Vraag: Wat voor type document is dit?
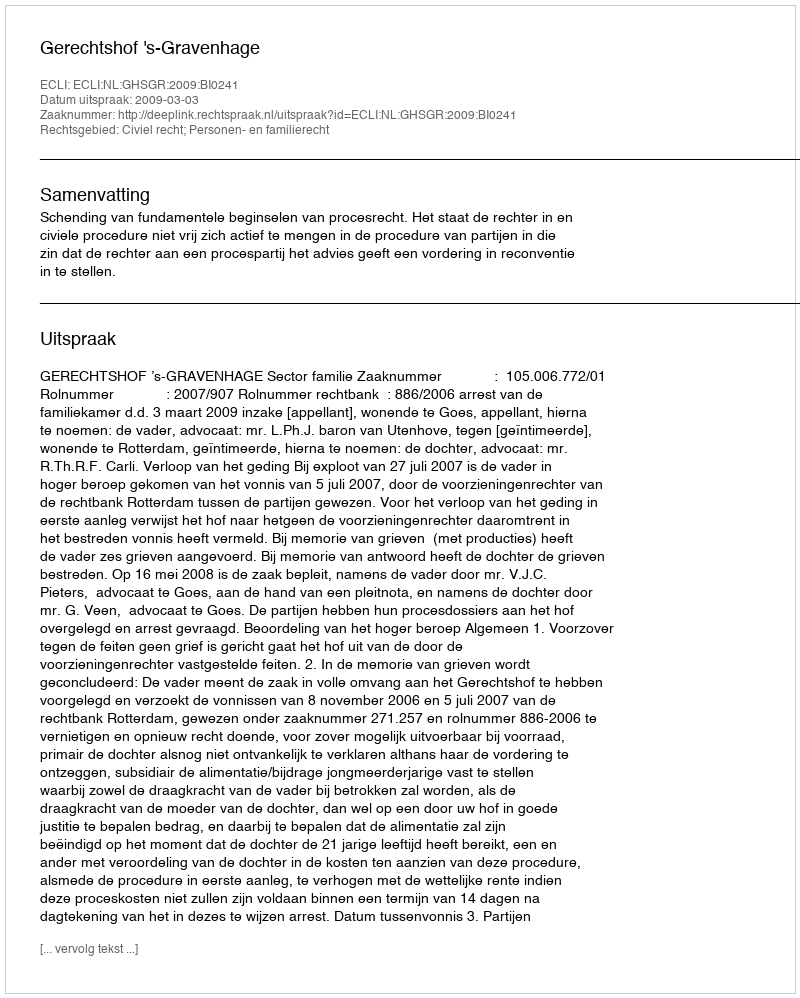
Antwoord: Uitspraak